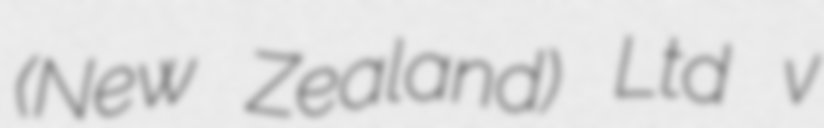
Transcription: (New Zealand) Ltd v